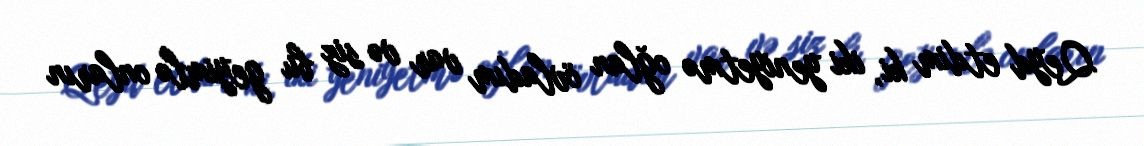
Qeyd etdim ki, iki yeniyetmə oğlan övladım var və siz bu geyimlə onların